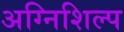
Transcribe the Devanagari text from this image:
अग्निशिल्प